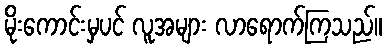
မိုးကောင်းမှပင် လူအများ လာရောက်ကြသည်။